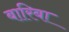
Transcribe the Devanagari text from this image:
बारिबा